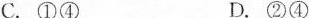
C.①④ D.②④